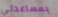
بمساعدتي